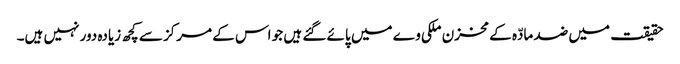
حقیقت میں ضد مادّہ کے مخزن ملکی وے میں پائے گئے ہیں جو اس کے مرکز سے کچھ زیادہ دور نہیں ہیں۔